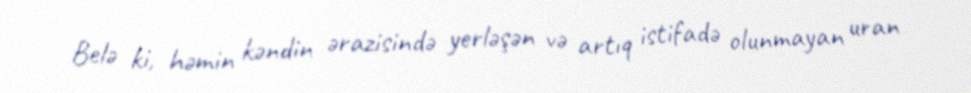
Belə ki, həmin kəndin ərazisində yerləşən və artıq istifadə olunmayan uran